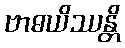
ဗာဓယိဿန္တိ